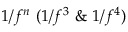
1 / f ^ { n } ~ ( 1 / f ^ { 3 } ~ \& ~ 1 / f ^ { 4 } )